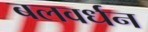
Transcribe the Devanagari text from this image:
बलवर्धन